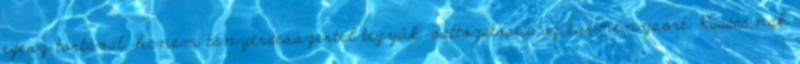
egész tortával, hanem tányérdesszertel tegyük változatossá az eseménysort. Ráadásnak